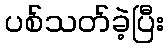
ပစ်သတ်ခဲ့ပြီး